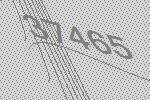
37465